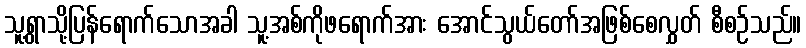
သူ့ရွာသို့ပြန်ရောက်သောအခါ သူ့အစ်ကိုဖရောက်အား အောင်သွယ်တော်အဖြစ်စေလွှတ် စီစဉ်သည်။